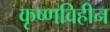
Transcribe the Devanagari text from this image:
कृष्णविहीन